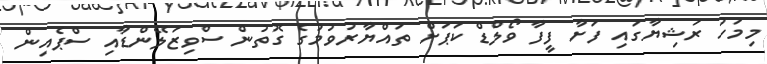
މިމަހު ރަޝިޔާގައި ފަށާ ފީފާ ވޯލްޑް ކަޕަށް ތައްޔާރުވުމުގެ ގޮތުން ސްވިޒަލޭންޑާއި ސްޕެއިން